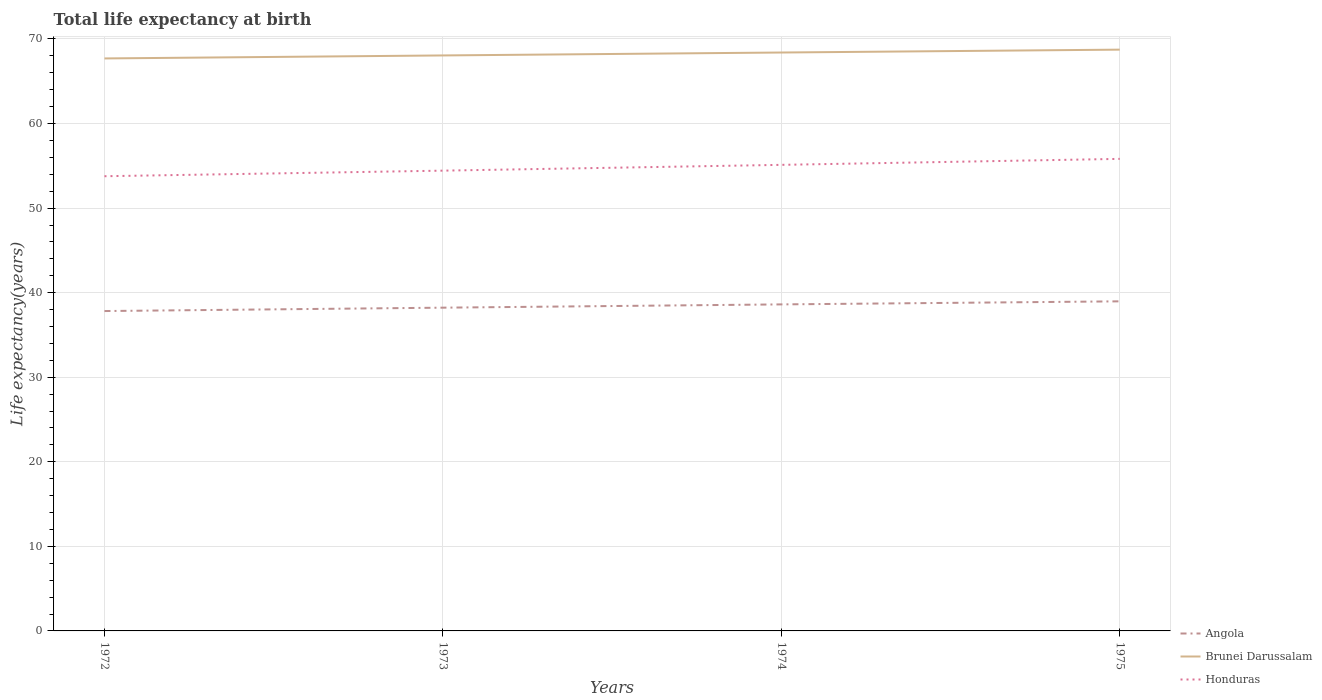
| Years | Angola | Brunei Darussalam | Honduras |
 | --- | --- | --- | --- |
 | 1972 | 37.8 | 67.7 | 53.8 |
 | 1973 | 38.2 | 68.1 | 54.4 |
 | 1974 | 38.6 | 68.4 | 55.1 |
 | 1975 | 39 | 68.7 | 55.8 |